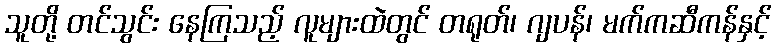
သူတို့ တင်သွင်း နေကြသည့် လူများထဲတွင် တရုတ်၊ ဂျပန်၊ မက်ကဆီကန်နှင့်